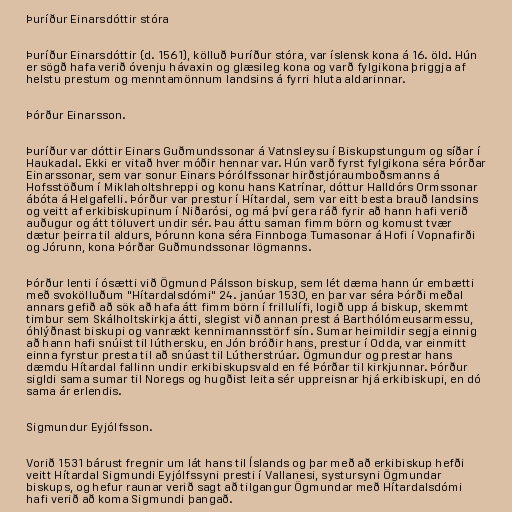
Þuríður Einarsdóttir stóra

Þuríður Einarsdóttir (d. 1561), kölluð Þuríður stóra, var íslensk kona á 16. öld. Hún
er sögð hafa verið óvenju hávaxin og glæsileg kona og varð fylgikona þriggja af
helstu prestum og menntamönnum landsins á fyrri hluta aldarinnar.

Þórður Einarsson.

Þuríður var dóttir Einars Guðmundssonar á Vatnsleysu í Biskupstungum og síðar í
Haukadal. Ekki er vitað hver móðir hennar var. Hún varð fyrst fylgikona séra Þórðar
Einarssonar, sem var sonur Einars Þórólfssonar hirðstjóraumboðsmanns á
Hofsstöðum í Miklaholtshreppi og konu hans Katrínar, dóttur Halldórs Ormssonar
ábóta á Helgafelli. Þórður var prestur í Hítardal, sem var eitt besta brauð landsins
og veitt af erkibiskupinum í Niðarósi, og má því gera ráð fyrir að hann hafi verið
auðugur og átt töluvert undir sér. Þau áttu saman fimm börn og komust tvær
dætur þeirra til aldurs, Þórunn kona séra Finnboga Tumasonar á Hofi í Vopnafirði
og Jórunn, kona Þórðar Guðmundssonar lögmanns.

Þórður lenti í ósætti við Ögmund Pálsson biskup, sem lét dæma hann úr embætti
með svokölluðum "Hítardalsdómi" 24. janúar 1530, en þar var séra Þórði meðal
annars gefið að sök að hafa átt fimm börn í frillulífi, logið upp á biskup, skemmt
timbur sem Skálholtskirkja átti, slegist við annan prest á Barthólómeusarmessu,
óhlýðnast biskupi og vanrækt kennimannsstörf sín. Sumar heimildir segja einnig
að hann hafi snúist til lúthersku, en Jón bróðir hans, prestur í Odda, var einmitt
einna fyrstur presta til að snúast til Lútherstrúar. Ögmundur og prestar hans
dæmdu Hítardal fallinn undir erkibiskupsvald en fé Þórðar til kirkjunnar. Þórður
sigldi sama sumar til Noregs og hugðist leita sér uppreisnar hjá erkibiskupi, en dó
sama ár erlendis.

Sigmundur Eyjólfsson.

Vorið 1531 bárust fregnir um lát hans til Íslands og þar með að erkibiskup hefði
veitt Hítardal Sigmundi Eyjólfssyni presti í Vallanesi, systursyni Ögmundar
biskups, og hefur raunar verið sagt að tilgangur Ögmundar með Hítardalsdómi
hafi verið að koma Sigmundi þangað.